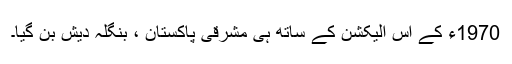
1970ء کے اس الیکشن کے ساتھ ہی مشرقی پاکستان ، بنگلہ دیش بن گیا۔